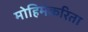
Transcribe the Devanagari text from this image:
मोहिमेकरिता